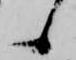
候